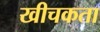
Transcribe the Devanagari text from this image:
खीचकता